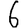
Digit: 6